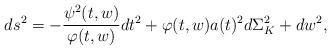
LaTeX: \begin{align*}ds^2 = -\frac{\psi^2(t,w)}{\varphi(t,w)}dt^2 + \varphi(t,w)a(t)^2d\Sigma^2_K + dw^2,\end{align*}